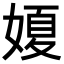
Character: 𡟺